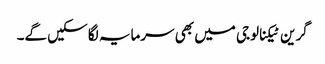
گرین ٹیکنالوجی میں بھی سرمایہ لگا سکیں گے۔